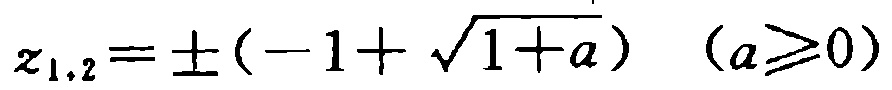
\(z_{1,2}=\pm(-1 + \sqrt{1 + a})\quad(a\geq0)\)